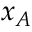
x _ { A }